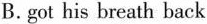
B.got his breath back